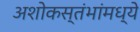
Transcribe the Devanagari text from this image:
अशोकस्तंभांमध्ये